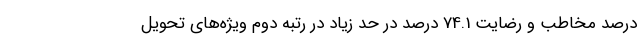
درصد مخاطب و رضایت 74.1 درصد در حد زیاد در رتبه دوم ویژه‌های تحویل